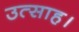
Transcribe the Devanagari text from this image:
उत्‍साह।